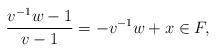
LaTeX: \begin{align*}\frac{v^{-1}w-1}{v-1} = -v^{-1}w + x \in F ,\end{align*}